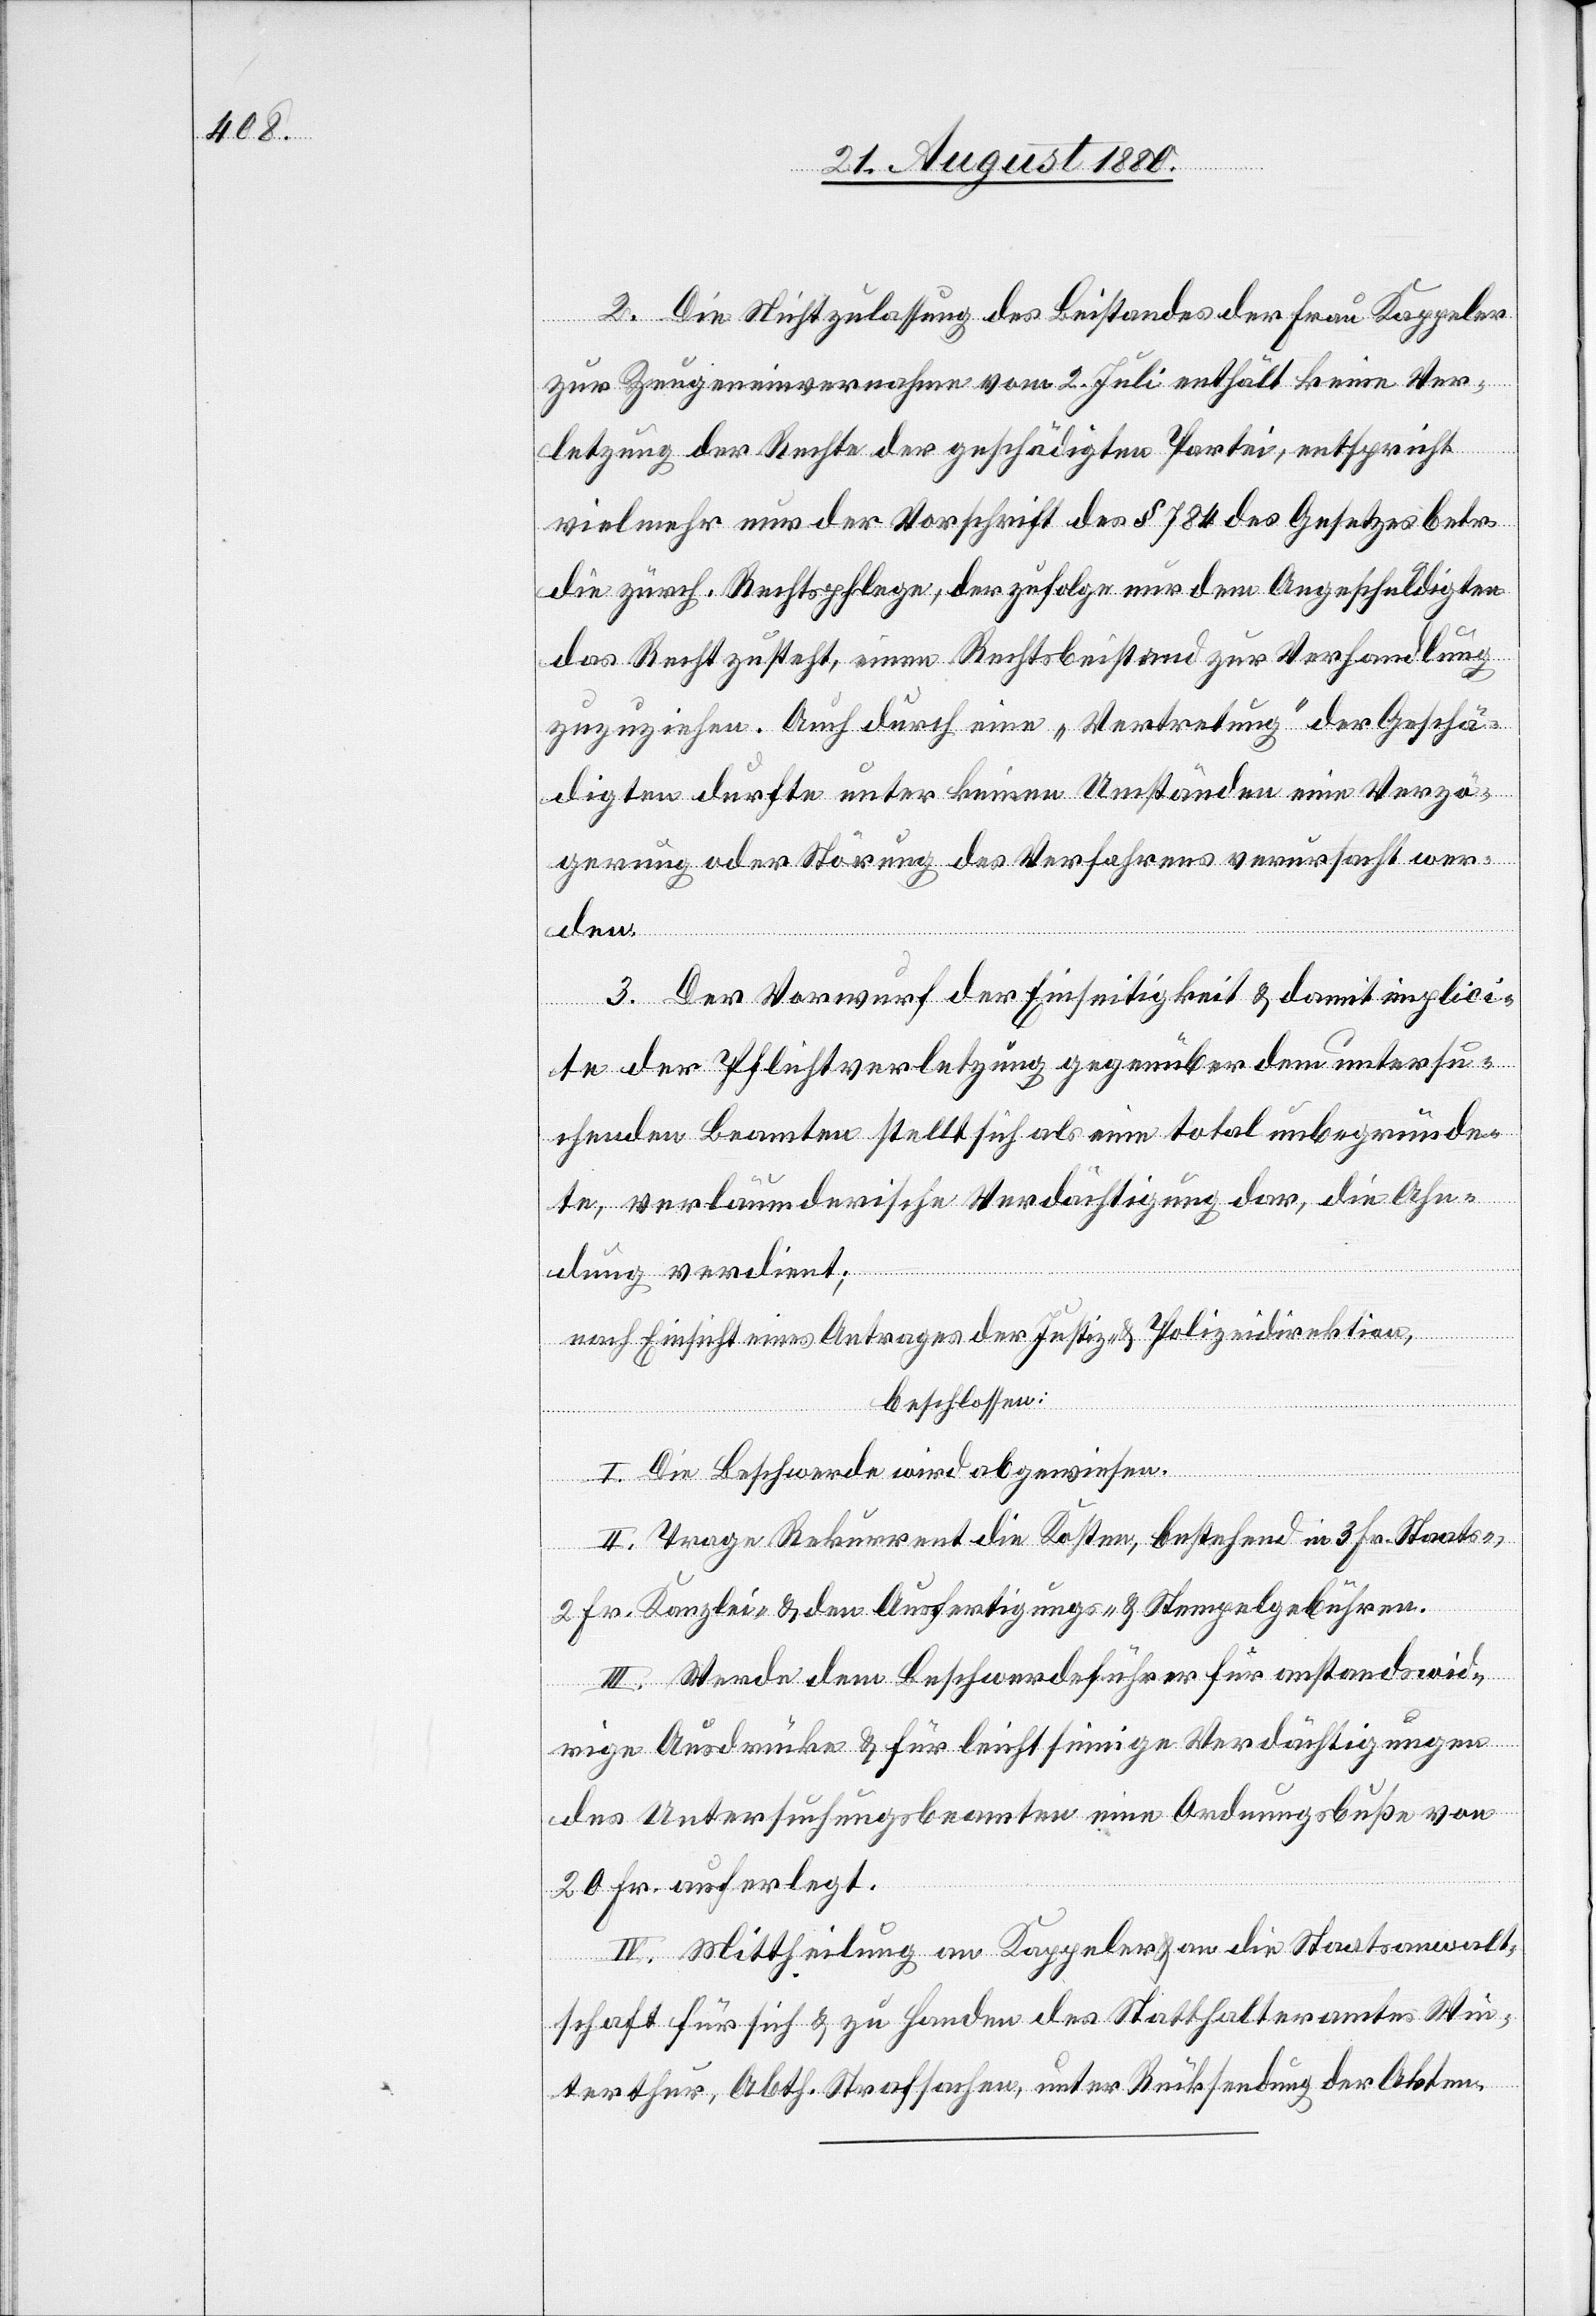
2. Die Nichtzulassung des Beistandes der Frau Kappeler
zur Zeugeneinvernahme vom 2. Juli enthält keine Ver¬
letzung der Rechte der geschädigten Partei, entspricht
vielmehr nur der Vorschrift des § 784 des Gesetzes betr.
die zürch. Rechtspflege, derzufolge nur dem Angeschuldigten
das Recht zusteht, einen Rechtsbeistand zur Verhandlung
zuzuziehen. Auch durch eine „Vertretung“ der Geschä¬
digten durfte unter keinen Umständen eine Verzö¬
gerung der Störung des Verfahrens verursacht wer¬
den.
3. Der Vorwurf der Einseitigkeit & damit implicir¬
te der Pflichtverletzung gegenüber dem untersu¬
chenden Beamten stellt sich als eine total unbegründe¬
te, verläumderische Verdächtigung dar, die Ahn¬
dung verdient;
nach Einsicht eines Antrages der Justiz- & Polizeidirektion,
beschlossen:
I. Die Beschwerde wird abgewiesen.
II. Trage Rekurrent die Kosten, bestehend in 3 Fr. Staats-,
2 Fr. Kanzlei- & den Ausfertigungs- & Stempelgebühren.
III. Werde dem Beschwerdeführer für anstandswid¬
rige Ausdrücke & für leichtsinnige Verdächtigungen
des Untersuchungsbeamten eine Ordnungsbuße von
20 Fr. auferlegt.
IV. Mittheilung an Kappeler & an die Staatsanwalt¬
schaft für sich & zu Handen des Statthalteramtes Win¬
terthur, Abth. Strafsachen, unter Rücksendung der Akten.